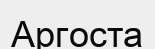
Аргоста